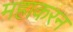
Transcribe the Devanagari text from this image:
महाकरन